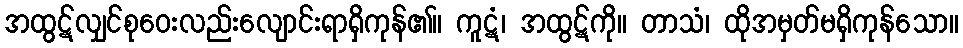
အထွဋ်လျှင်စုဝေးလည်းလျောင်းရာရှိကုန်၏။ ကူဋံ၊ အထွဋ်ကို။ တာသံ၊ ထိုအမှတ်မရှိကုန်သော။